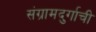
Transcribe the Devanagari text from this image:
संग्रामदुर्गाची